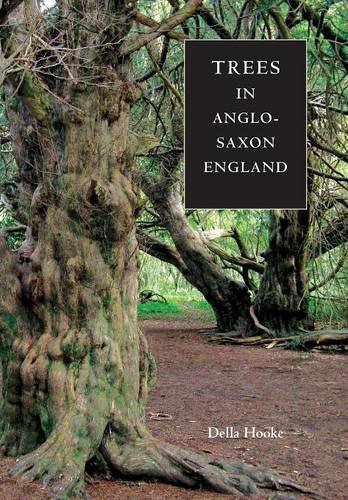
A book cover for Trees in Anglo-Saxon England (Anglo-Saxon Studies); Della Hooke; Science & Math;